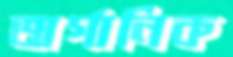
অর্গানিক